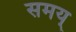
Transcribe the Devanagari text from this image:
समय्